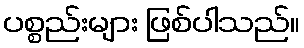
ပစ္စည်းများ ဖြစ်ပါသည်။